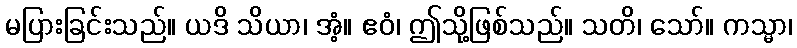
မပြားခြင်းသည်။ ယဒိ သိယာ၊ အံ့။ ဧဝံ၊ ဤသို့ဖြစ်သည်။ သတိ၊ သော်။ ကသ္မာ၊